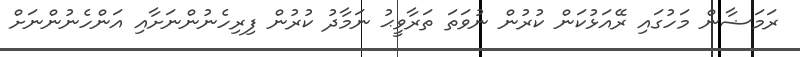
ރަމަޟާން މަހުގައި ރޭއަޅުކަން ކުރުން ނުވަތަ ތަރާވީޙު ނަމާދު ކުރުން ފިރިހެނުންނަށާއި އަންހެނުންނަށް